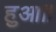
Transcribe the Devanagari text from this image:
हुआ॥